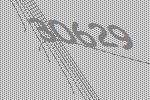
30629